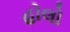
હોલો